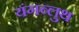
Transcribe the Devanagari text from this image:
यंगब्लुथ